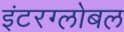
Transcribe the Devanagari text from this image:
इंटरग्लोबल